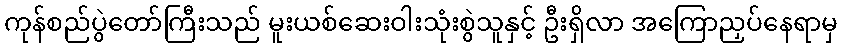
ကုန်စည်ပွဲတော်ကြီးသည် မူးယစ်ဆေးဝါးသုံးစွဲသူနှင့် ဦးရှိလာ အကြောညှပ်နေရာမှ